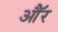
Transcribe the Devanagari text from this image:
औॅर